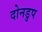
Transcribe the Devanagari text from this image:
दोनडुप